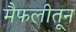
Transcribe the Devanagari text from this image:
मैफलीतून